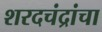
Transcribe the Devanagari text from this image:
शरदचंद्रांचा